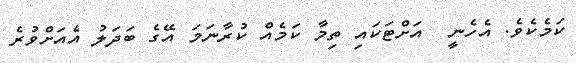
ކަމެކެވެ. އެހެނީ  އަށްޓަކައި ތިމާ ކަމެއް ކުރާނަމަ އޭގެ ބަދަލު އެއަށްވުރެ